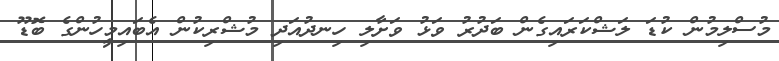
މުސްލިމުން ކުޑަ ލަޝްކަރައިގެން ބަދުރު ވަޅު ވަށާލި ހިނދުއަދި މުޝްރިކުން އެބައިމީހުންގެ ބޮޑޫ